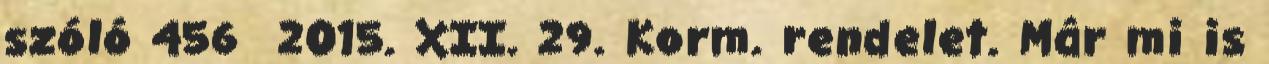
szóló 456 2015. XII. 29. Korm. rendelet. Már mi is